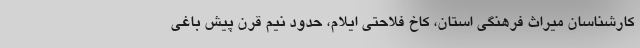
کارشناسان میراث فرهنگی استان، کاخ فلاحتی ایلام، حدود نیم قرن پیش باغی